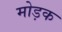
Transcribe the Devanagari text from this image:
मोड़क